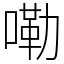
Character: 嘞